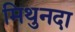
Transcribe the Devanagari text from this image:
मिथुनदा